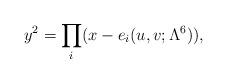
LaTeX: \begin{align*}y^2 = \prod_i (x-e_i(u,v;\Lambda^6)), \end{align*}